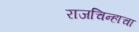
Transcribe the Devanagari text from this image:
राजचिन्हाचा